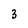
Character: 3